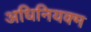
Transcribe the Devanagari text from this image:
अधिनियक्म